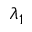
\lambda _ { 1 }